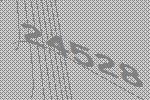
24528